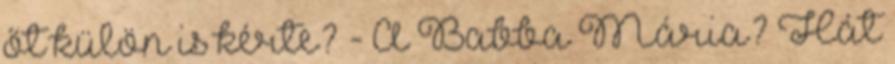
őt külön is kérte? - A Babba Mária? Hát